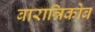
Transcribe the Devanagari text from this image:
बारान्निकोब